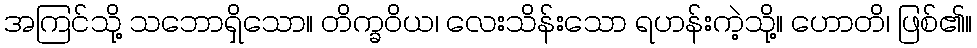
အကြင်သို့ သဘောရှိသော။ တိက္ခဝိယ၊ လေးသိန်းသော ရဟန်းကဲ့သို့။ ဟောတိ၊ ဖြစ်၏။